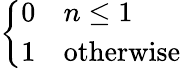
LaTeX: \left\{ {\begin{array}{ll}{0}&{n\leq 1}\\ {1}&{{\mathrm{otherwise}}}\end{array}}\right.